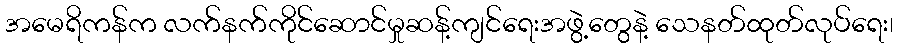
အမေရိကန်က လက်နက်ကိုင်ဆောင်မှုဆန့်ကျင်ရေးအဖွဲ့တွေနဲ့ သေနတ်ထုတ်လုပ်ရေး၊